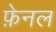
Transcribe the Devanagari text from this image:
फ़ेनल